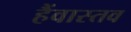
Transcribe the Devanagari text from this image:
हैंवास्तव